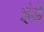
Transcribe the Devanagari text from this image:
इंडे